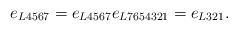
\begin{align*}e_{L4567} = e_{L4567}e_{L7654321} = e_{L321}. \end{align*}